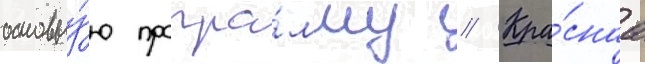
основну́ю програ́мму // Кра́снаа